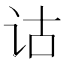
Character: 诂